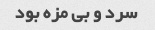
سرد و بی مزه بود